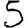
Digit: 5